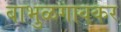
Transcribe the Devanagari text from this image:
बाभुळगावकर